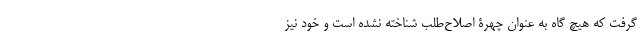
گرفت که هیچ گاه به عنوان چهرۀ اصلاح‌طلب شناخته نشده است و خود نیز